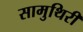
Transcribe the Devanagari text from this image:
सामुथिरी